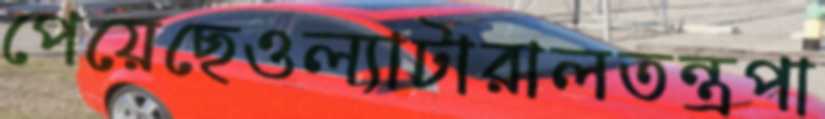
পেয়েছেওল্যাটারালতন্ত্রপা